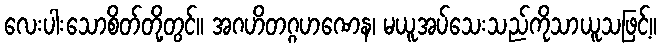
လေးပါးသောစိတ်တို့တွင်။ အဂဟိတဂ္ဂဟဏေန၊ မယူအပ်သေးသည်ကိုသာယူသဖြင့်။